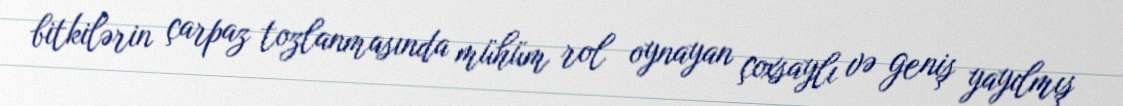
bitkilərin çarpaz tozlanmasında mühüm rol oynayan çoxsaylı və geniş yayılmış